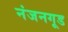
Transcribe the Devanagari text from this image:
नंजनगूड